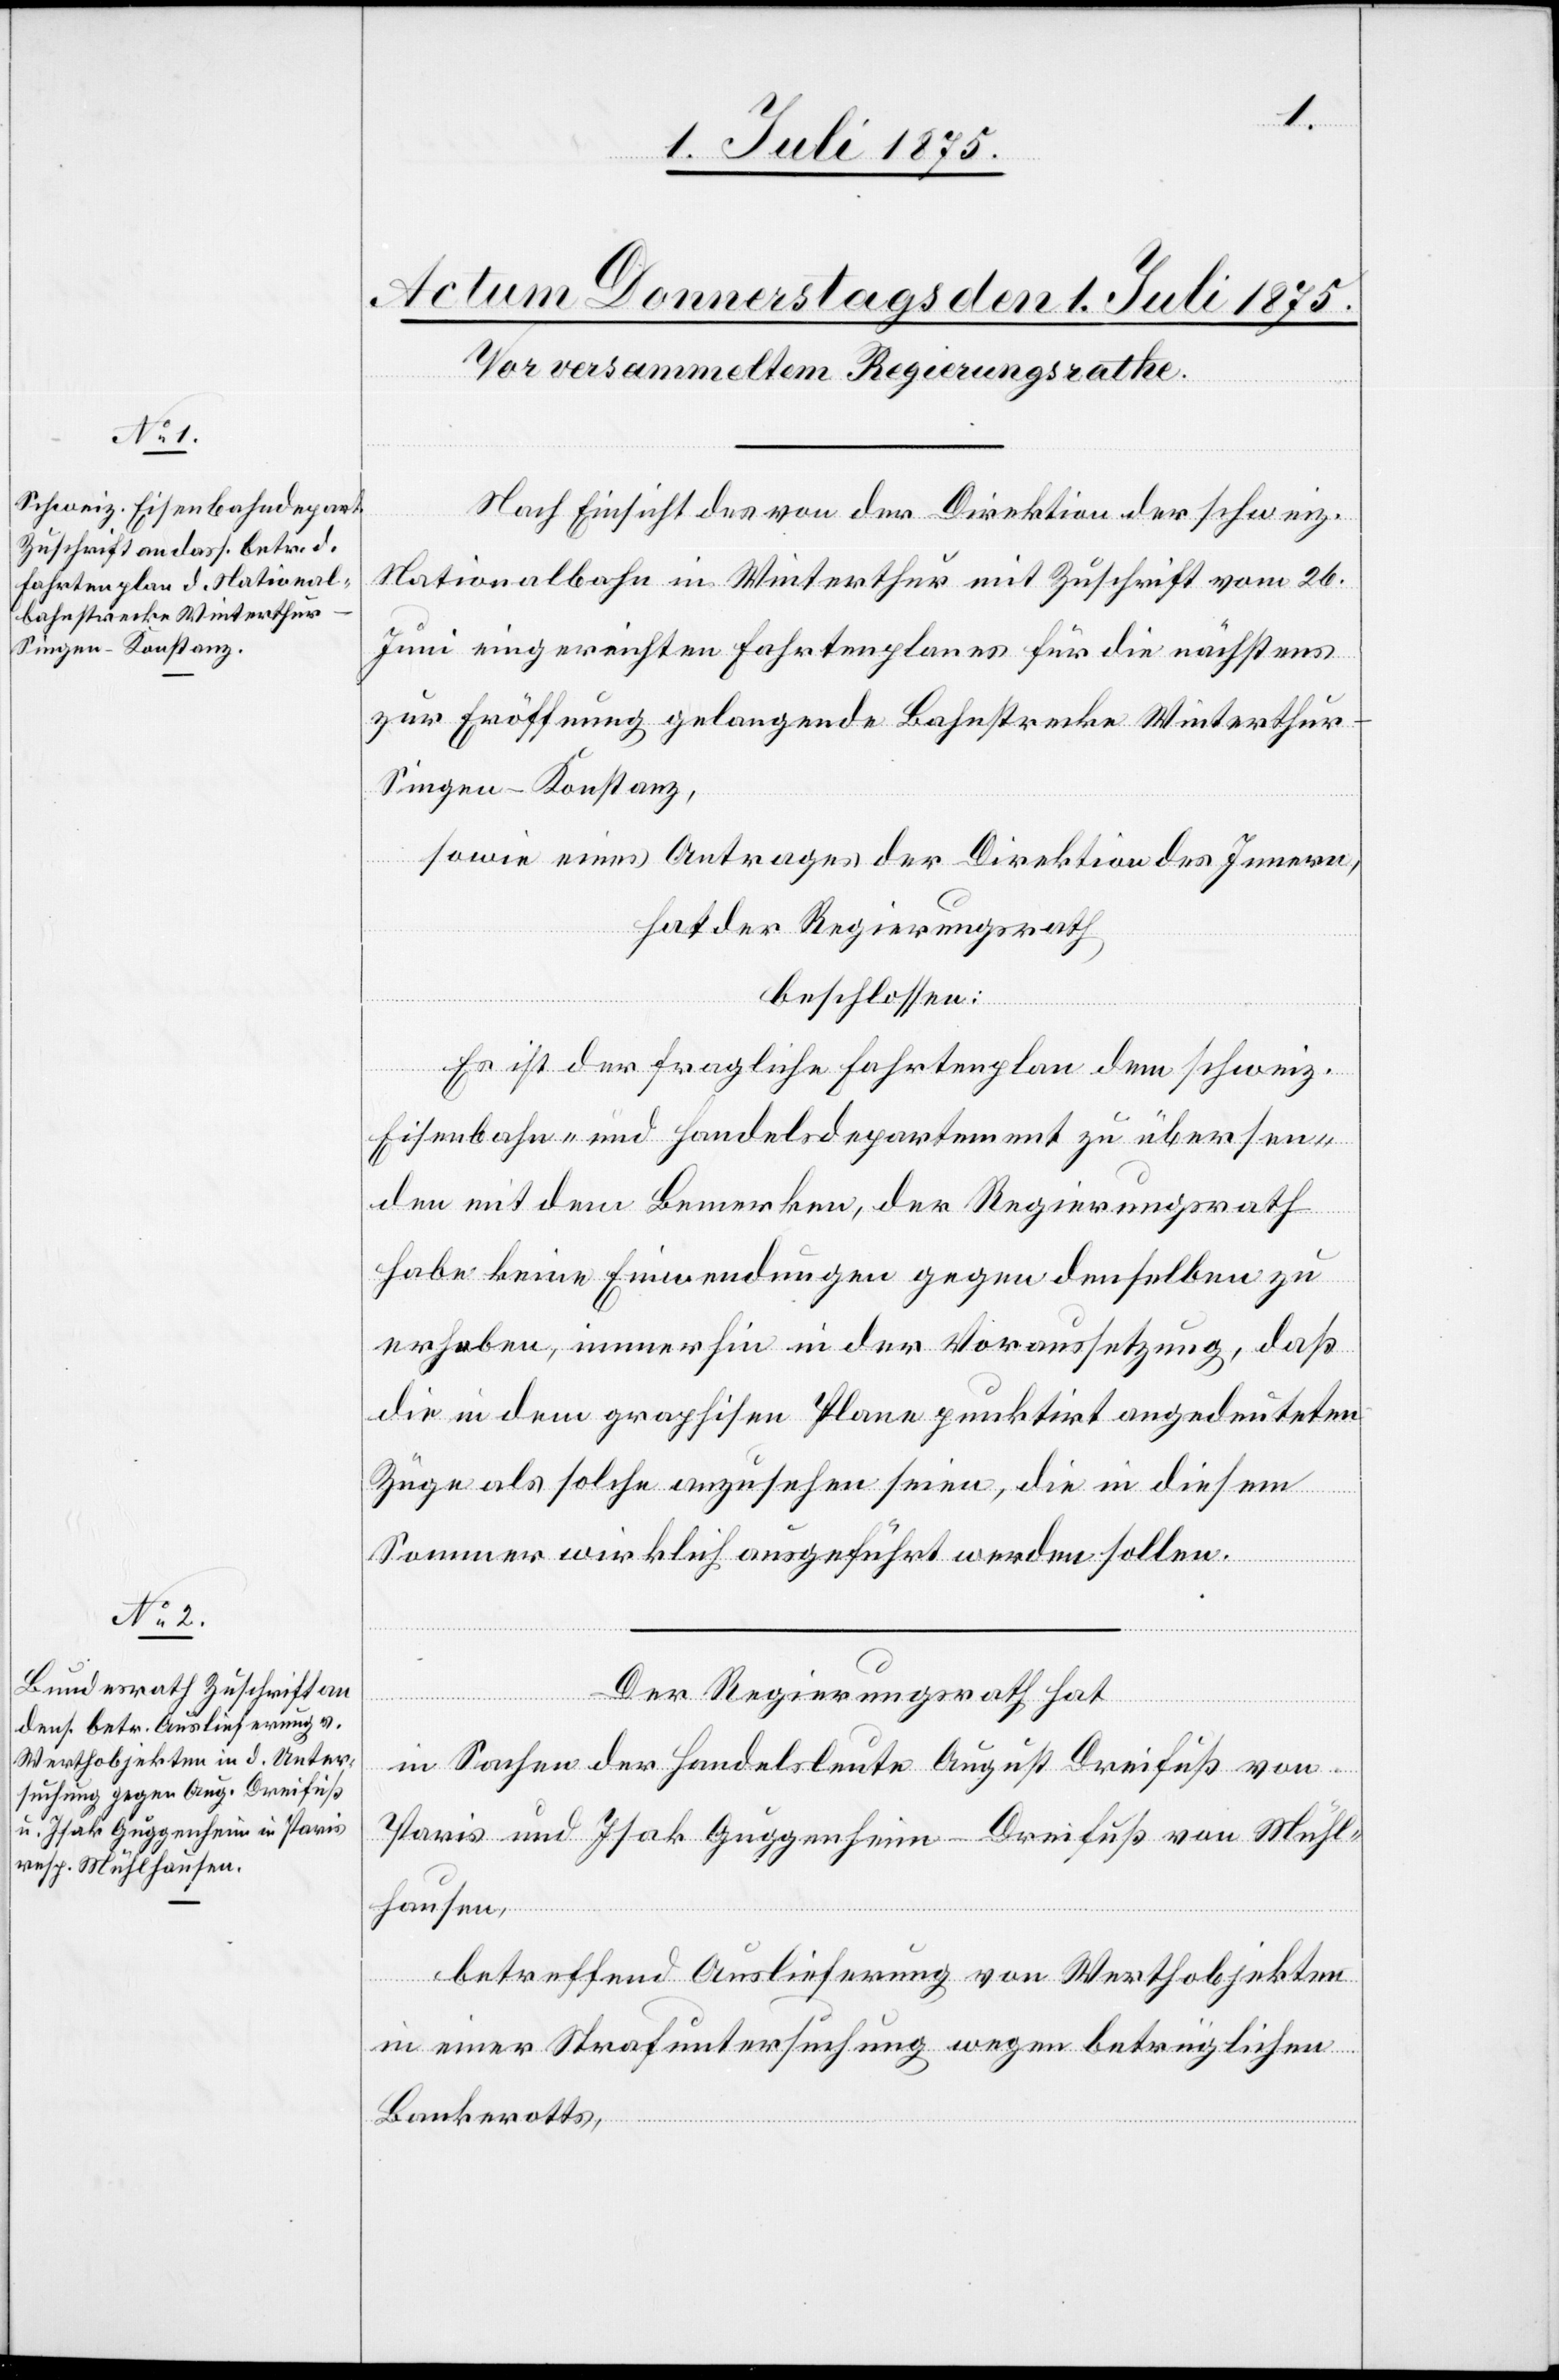
Nach Einsicht des von der Direktion der schweiz.
Nationalbahn in Winterthur mit Zuschrift vom 26.
Juni eingereichten Fahrtenplanes für die nächstens
zur Eröffnung gelangende Bahnstrecke Winterthur–S¬
ingen–Konstanz,
sowie eines Antrages der Direktion des Innern,
hat der Regierungsrath,
beschlossen:
Es ist der fragliche Fahrtenplan dem schweiz.
Eisenbahn- und Handelsdepartement zu übersen¬
den mit dem Bemerken, der Regierungsrath
habe keine Einwendungen gegen denselben zu
erheben, immerhin in der Voraussetzung, daß
die in dem graphis[ch]en Plane punktirt angedeuteten
Züge als solche anzusehen seien, die in diesem
Sommer wirklich ausgeführt werden sollen.
Der Regierungsrath hat
in Sachen der Handelsleute August Dreifuß von
Paris und Isak Guggenheim-Dreifuß von Mühl¬
hausen,
betreffend Auslieferung von Werthobjekten
in einer Strafuntersuchung wegen betrüglichen
Bankrotts,